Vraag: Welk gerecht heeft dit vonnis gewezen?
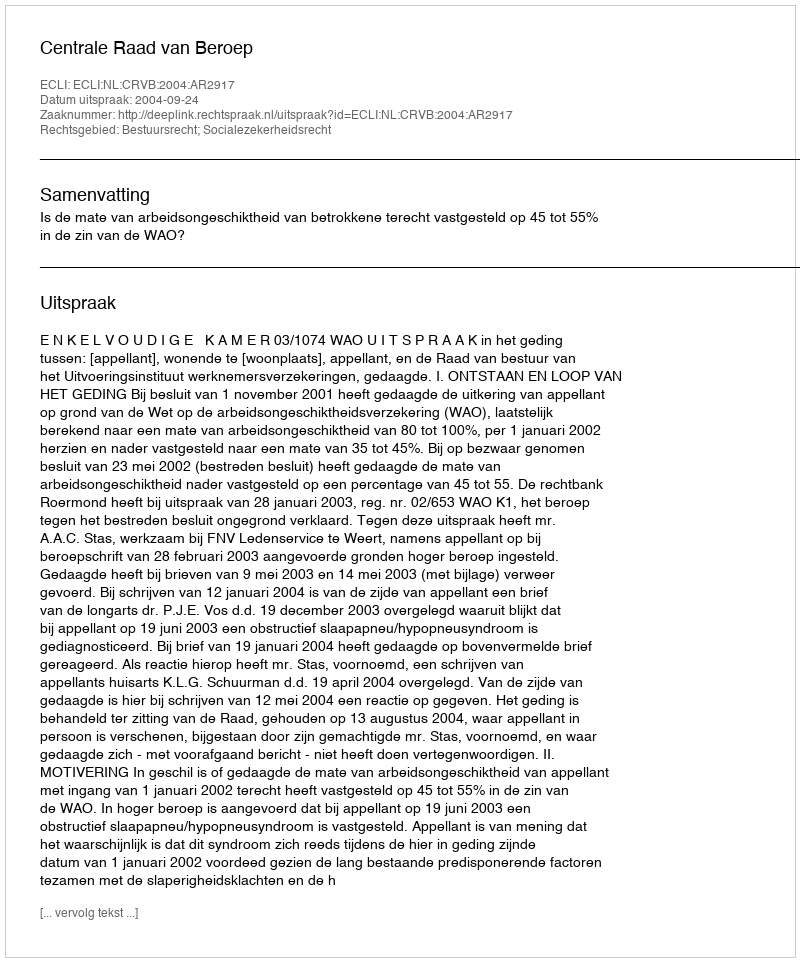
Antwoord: Centrale Raad van Beroep